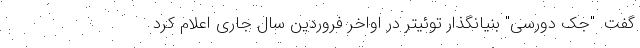
گفت. "جک دورسی" بنیانگذار توئیتر در اواخر فروردین سال جاری اعلام کرد